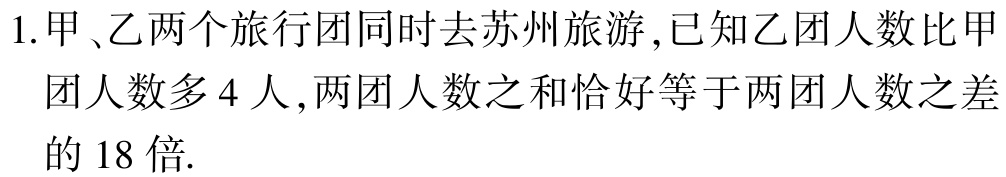
1.甲、乙两个旅行团同时去苏州旅游,已知乙团人数比甲团人数多4人,两团人数之和恰好等于两团人数之差的18倍.